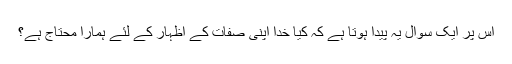
اس پر ایک سوال یہ پیدا ہوتا ہے کہ کیا خدا اپنی صفات کے اظہار کے لئے ہمارا محتاج ہے؟